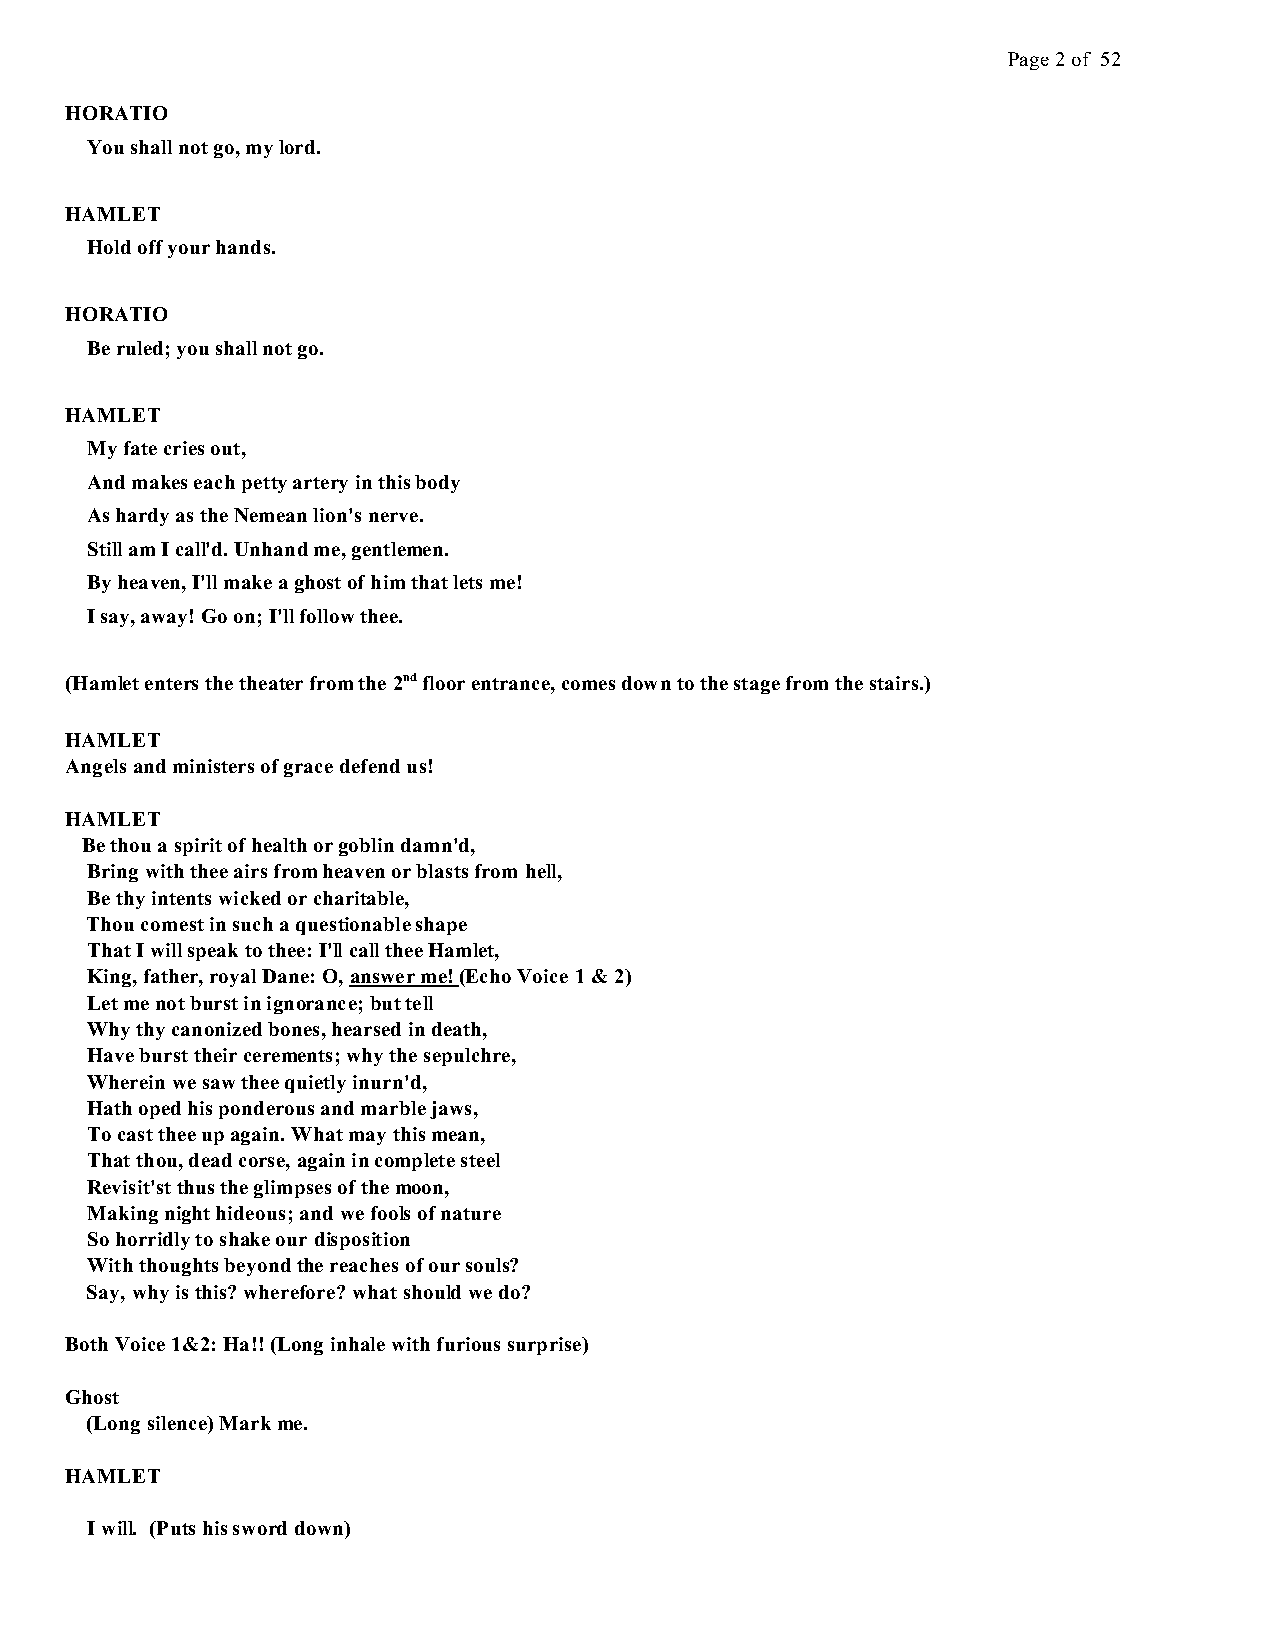
Page 2 of 52
 HORATIO
 You shall not go, my lord.
 HAMLET
 Hold off your hands.
 HORATIO
 Be ruled; you shall not go.
 HAMLET
 My fate cries out,
 And makes each petty artery in this body
 As hardy as the Nemean lion's nerve.
 Still am I call'd. Unhand me, gentlemen.
 By heaven, I'll make a ghost of him that lets me!
 I say, away! Go on; I'll follow thee.
 (Hamlet enters the theater from the 2nd floor entrance, comes down to the stage from the stairs.)
 HAMLET
 Angels and ministers of grace defend us!
 HAMLET
 Be thou a spirit of health or goblin damn'd,
 Bring with thee airs from heaven or blasts from hell,
 Be thy intents wicked or charitable,
 Thou comest in such a questionable shape
 That I will speak to thee: I'll call thee Hamlet,
 King, father, royal Dane: O, answer me! (Echo Voice 1 & 2)
 Let me not burst in ignorance; but tell
 Why thy canonized bones, hearsed in death,
 Have burst their cerements; why the sepulchre,
 Wherein we saw thee quietly inurn'd,
 Hath oped his ponderous and marble jaws,
 To cast thee up again. What may this mean,
 That thou, dead corse, again in complete steel
 Revisit'st thus the glimpses of the moon,
 Making night hideous; and we fools of nature
 So horridly to shake our disposition
 With thoughts beyond the reaches of our souls?
 Say, why is this? wherefore? what should we do?
 Both Voice 1&2: Ha!! (Long inhale with furious surprise)
 Ghost
 (Long silence) Mark me.
 HAMLET
 I will. (Puts his sword down)